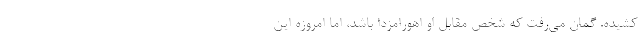
کشیده. گمان می‌رفت که شخص مقابل او اهورامزدا باشد، اما امروزه این